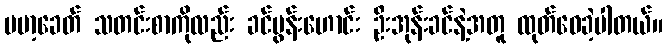
ဗမာ့ခေတ် သတင်းစာကိုလည်း ခင်ပွန်းဟောင်း ဦးအုန်းခင်နဲ့အတူ ထုတ်ဝေခဲ့ပါတယ်။